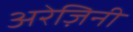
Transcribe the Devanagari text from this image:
अरेज़िनी